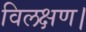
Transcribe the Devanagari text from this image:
विलक्षण।